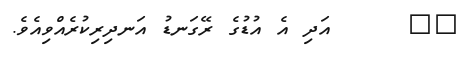
٢٩     އަދި އެ އުޑުގެ ރޭގަނޑު އަނދިރިކުރެއްވިއެވެ.